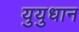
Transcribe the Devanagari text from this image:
युयुधान